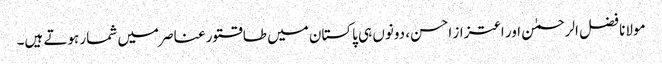
مولانا فضل الرحمٰن اور اعتزاز احسن، دونوں ہی پاکستان میں طاقتور عناصر میں شمار ہوتے ہیں۔